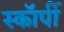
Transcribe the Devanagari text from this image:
स्काॅर्पी